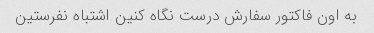
به اون فاکتور سفارش درست نگاه کنین اشتباه نفرستین